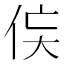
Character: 𬾃